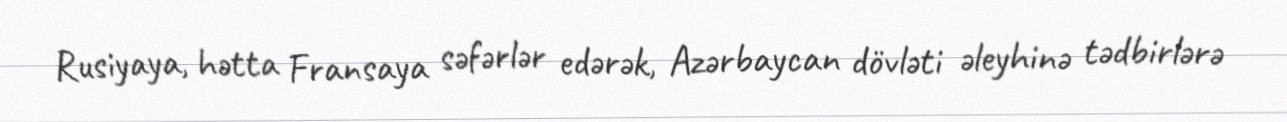
Rusiyaya, hətta Fransaya səfərlər edərək, Azərbaycan dövləti əleyhinə tədbirlərə